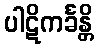
ပါဋိကင်္ခန္တိ